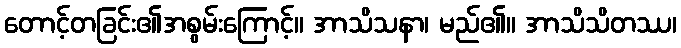
တောင့်တခြင်း၏အစွမ်းကြောင့်။ အာသိသနာ၊ မည်၏။ အာသိသိတဿ၊